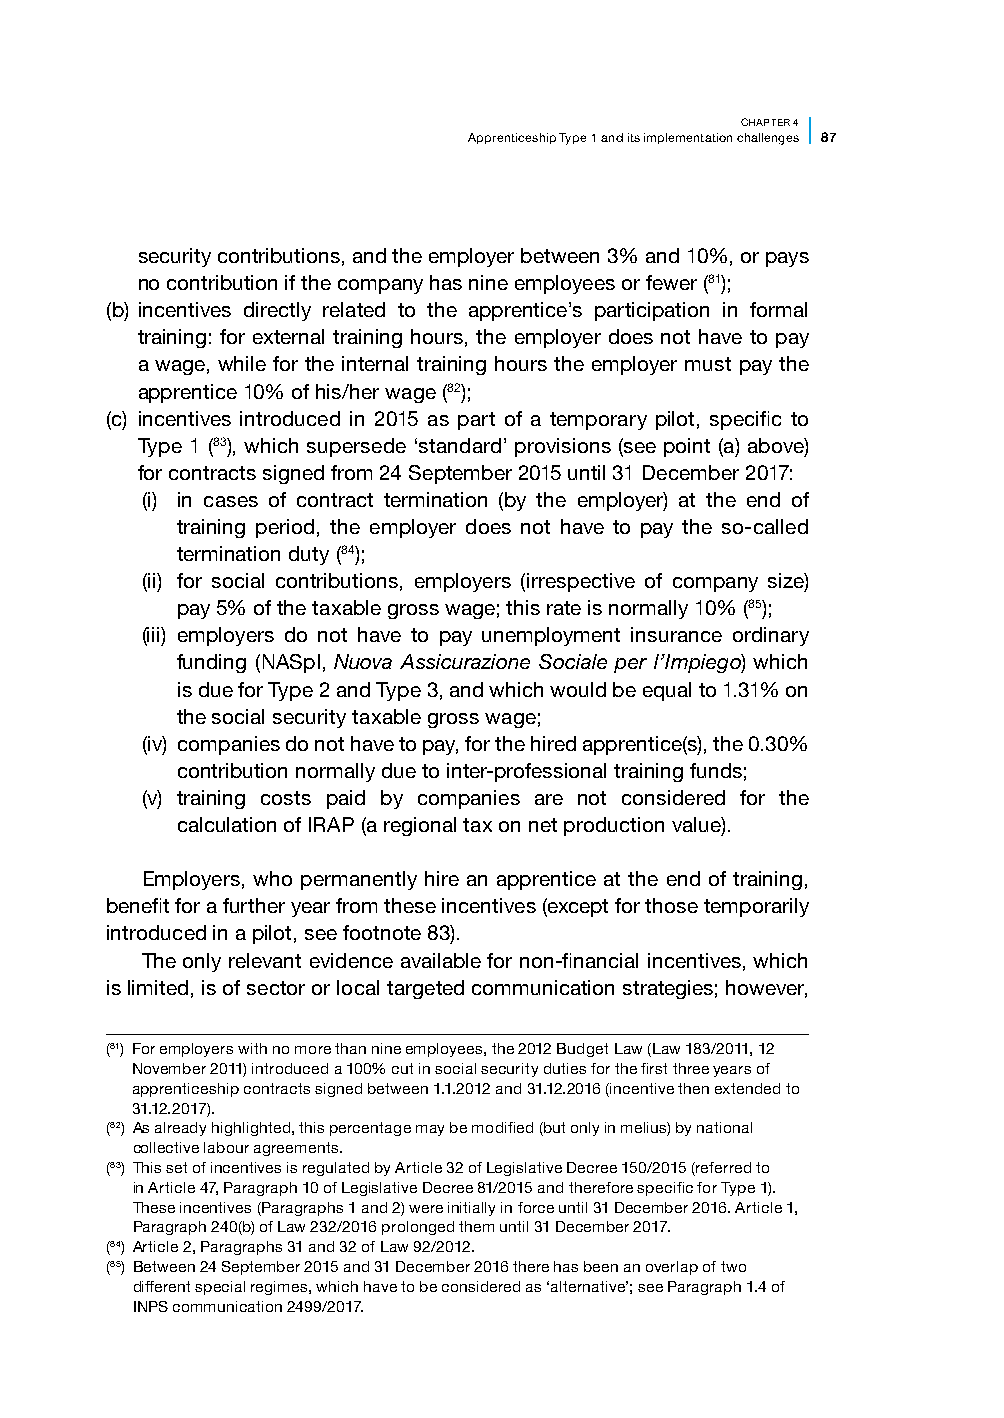
CHAPTER 4
 Apprenticeship Type 1 and its implementation challenges 87
 security contributions, and the employer between 3% and 10%, or pays
 no contribution if the company has nine employees or fewer (81);
 (b) incentives directly related to the apprentice’s participation in formal
 training: for external training hours, the employer does not have to pay
 a wage, while for the internal training hours the employer must pay the
 apprentice 10% of his/her wage (82);
 (c) incentives introduced in 2015 as part of a temporary pilot, specific to
 Type 1 (83), which supersede ‘standard’ provisions (see point (a) above)
 for contracts signed from 24 September 2015 until 31 December 2017:
 (i) i n cases of contract termination (by the employer) at the end of
 training period, the employer does not have to pay the so-called
 termination duty (84);
 (ii) f or social contributions, employers (irrespective of company size)
 pay 5% of the taxable gross wage; this rate is normally 10% (85);
 (iii) e mployers do not have to pay unemployment insurance ordinary
 funding (NASpI, Nuova Assicurazione Sociale per l’Impiego) which
 is due for Type 2 and Type 3, and which would be equal to 1.31% on
 the social security taxable gross wage;
 (iv) c ompanies do not have to pay, for the hired apprentice(s), the 0.30%
 contribution normally due to inter-professional training funds;
 (v) t raining costs paid by companies are not considered for the
 calculation of IRAP (a regional tax on net production value).
 Employers, who permanently hire an apprentice at the end of training,
 benefit for a further year from these incentives (except for those temporarily
 introduced in a pilot, see footnote 83).
 The only relevant evidence available for non-financial incentives, which
 is limited, is of sector or local targeted communication strategies; however,
 (81) For employers with no more than nine employees, the 2012 Budget Law (Law 183/2011, 12
 November 2011) introduced a 100% cut in social security duties for the first three years of
 apprenticeship contracts signed between 1.1.2012 and 31.12.2016 (incentive then extended to
 31.12.2017).
 (82) As already highlighted, this percentage may be modified (but only in melius) by national
 collective labour agreements.
 (83) This set of incentives is regulated by Article 32 of Legislative Decree 150/2015 (referred to
 in Article 47, Paragraph 10 of Legislative Decree 81/2015 and therefore specific for Type 1).
 These incentives (Paragraphs 1 and 2) were initially in force until 31 December 2016. Article 1,
 Paragraph 240(b) of Law 232/2016 prolonged them until 31 December 2017.
 (84) Article 2, Paragraphs 31 and 32 of Law 92/2012.
 (85) Between 24 September 2015 and 31 December 2016 there has been an overlap of two
 different special regimes, which have to be considered as ‘alternative’; see Paragraph 1.4 of
 INPS communication 2499/2017.